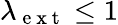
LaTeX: \lambda_{\mathrm{~e~x~t~}}\leq 1